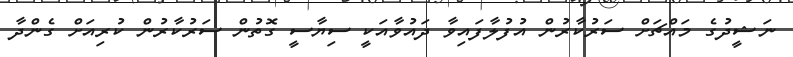
ނަޝީދުގެ މައްޗަށް ސަރުކާރުން އުފުލާފައިވާ ދައުވާއަކީ ސިޔާސީ ގޮތުން ސަރުކާރުން ކުރިއަށް ގެންދާ